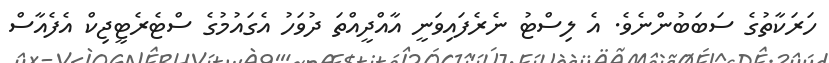
ހަރަކާތުގެ ސަބަބުންނެވެ. އެ ލިސްޓު ނެރެފައިވަނީ އާއްދީއްތަ ދުވަހު އެގައުމުގެ ސްޓެރެޓީޖިކް އެފެއާސް